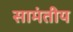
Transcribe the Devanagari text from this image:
सामंतीय